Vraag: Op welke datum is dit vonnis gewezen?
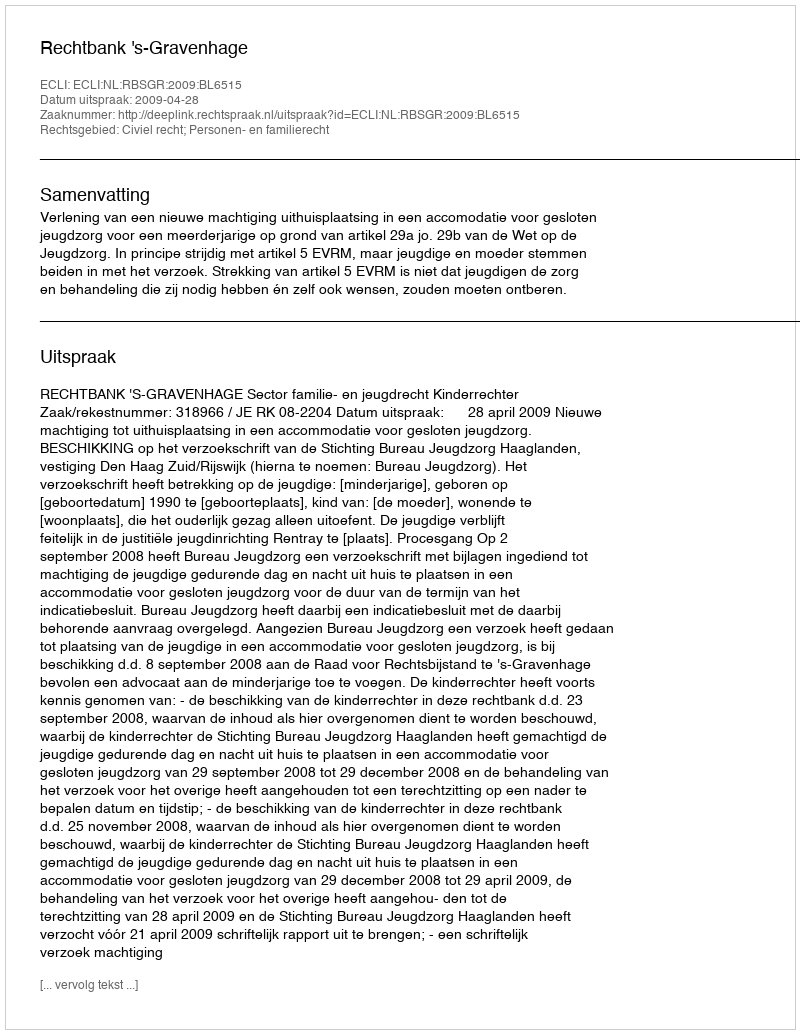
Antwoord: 2009-04-28